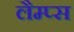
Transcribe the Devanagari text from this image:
लैम्प्स